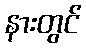
နားတွင်